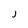
Character: J